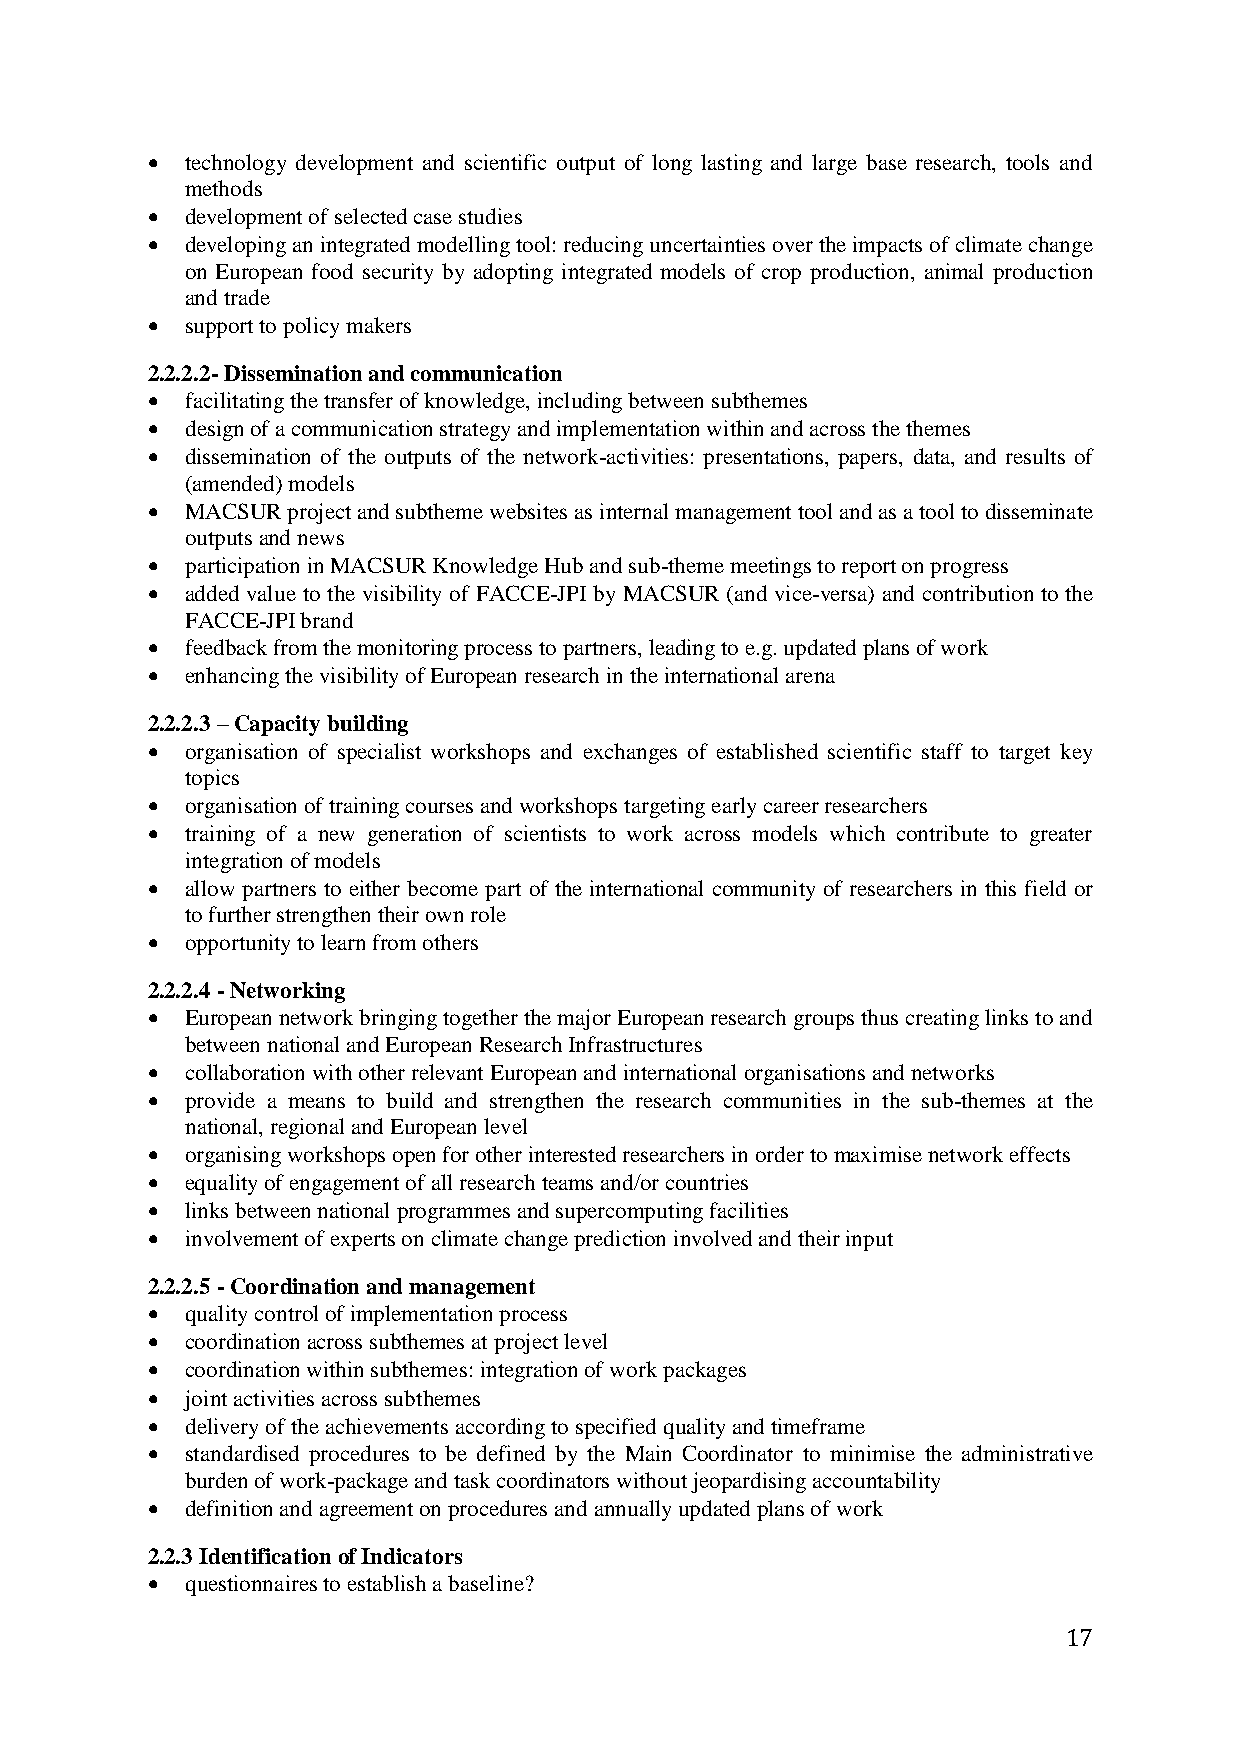
 technology development and scientific output of long lasting and large base research, tools and
 methods
  development of selected case studies
  developing an integrated modelling tool: reducing uncertainties over the impacts of climate change
 on European food security by adopting integrated models of crop production, animal production
 and trade
  support to policy makers
 2.2.2.2- Dissemination and communication
  facilitating the transfer of knowledge, including between subthemes
  design of a communication strategy and implementation within and across the themes
  dissemination of the outputs of the network-activities: presentations, papers, data, and results of
 (amended) models
  MACSUR project and subtheme websites as internal management tool and as a tool to disseminate
 outputs and news
  participation in MACSUR Knowledge Hub and sub-theme meetings to report on progress
  added value to the visibility of FACCE-JPI by MACSUR (and vice-versa) and contribution to the
 FACCE-JPI brand
  feedback from the monitoring process to partners, leading to e.g. updated plans of work
  enhancing the visibility of European research in the international arena
 2.2.2.3 – Capacity building
  organisation of specialist workshops and exchanges of established scientific staff to target key
 topics
  organisation of training courses and workshops targeting early career researchers
  training of a new generation of scientists to work across models which contribute to greater
 integration of models
  allow partners to either become part of the international community of researchers in this field or
 to further strengthen their own role
  opportunity to learn from others
 2.2.2.4 - Networking
  European network bringing together the major European research groups thus creating links to and
 between national and European Research Infrastructures
  collaboration with other relevant European and international organisations and networks
  provide a means to build and strengthen the research communities in the sub-themes at the
 national, regional and European level
  organising workshops open for other interested researchers in order to maximise network effects
  equality of engagement of all research teams and/or countries
  links between national programmes and supercomputing facilities
  involvement of experts on climate change prediction involved and their input
 2.2.2.5 - Coordination and management
  quality control of implementation process
  coordination across subthemes at project level
  coordination within subthemes: integration of work packages
  joint activities across subthemes
  delivery of the achievements according to specified quality and timeframe
  standardised procedures to be defined by the Main Coordinator to minimise the administrative
 burden of work-package and task coordinators without jeopardising accountability
  definition and agreement on procedures and annually updated plans of work
 2.2.3 Identification of Indicators
  questionnaires to establish a baseline?
 17